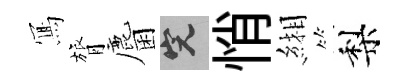
𭂁膂麕完悄緗梨